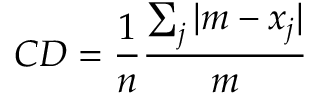
C D = { \frac { 1 } { n } } { \frac { \sum _ { j } { | m - x _ { j } | } } { m } }